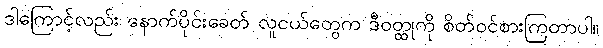
ဒါကြောင့်လည်း နောက်ပိုင်းခေတ် လူငယ်တွေက ဒီဝတ္ထုကို စိတ်ဝင်စားကြတာပါ။